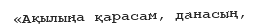
«Ақылыңа қарасам, данасың,